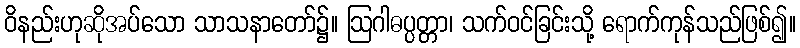
ဝိနည်းဟုဆိုအပ်သော သာသနာတော်၌။ ဩဂါဓပ္ပတ္တာ၊ သက်ဝင်ခြင်းသို့ ရောက်ကုန်သည်ဖြစ်၍။